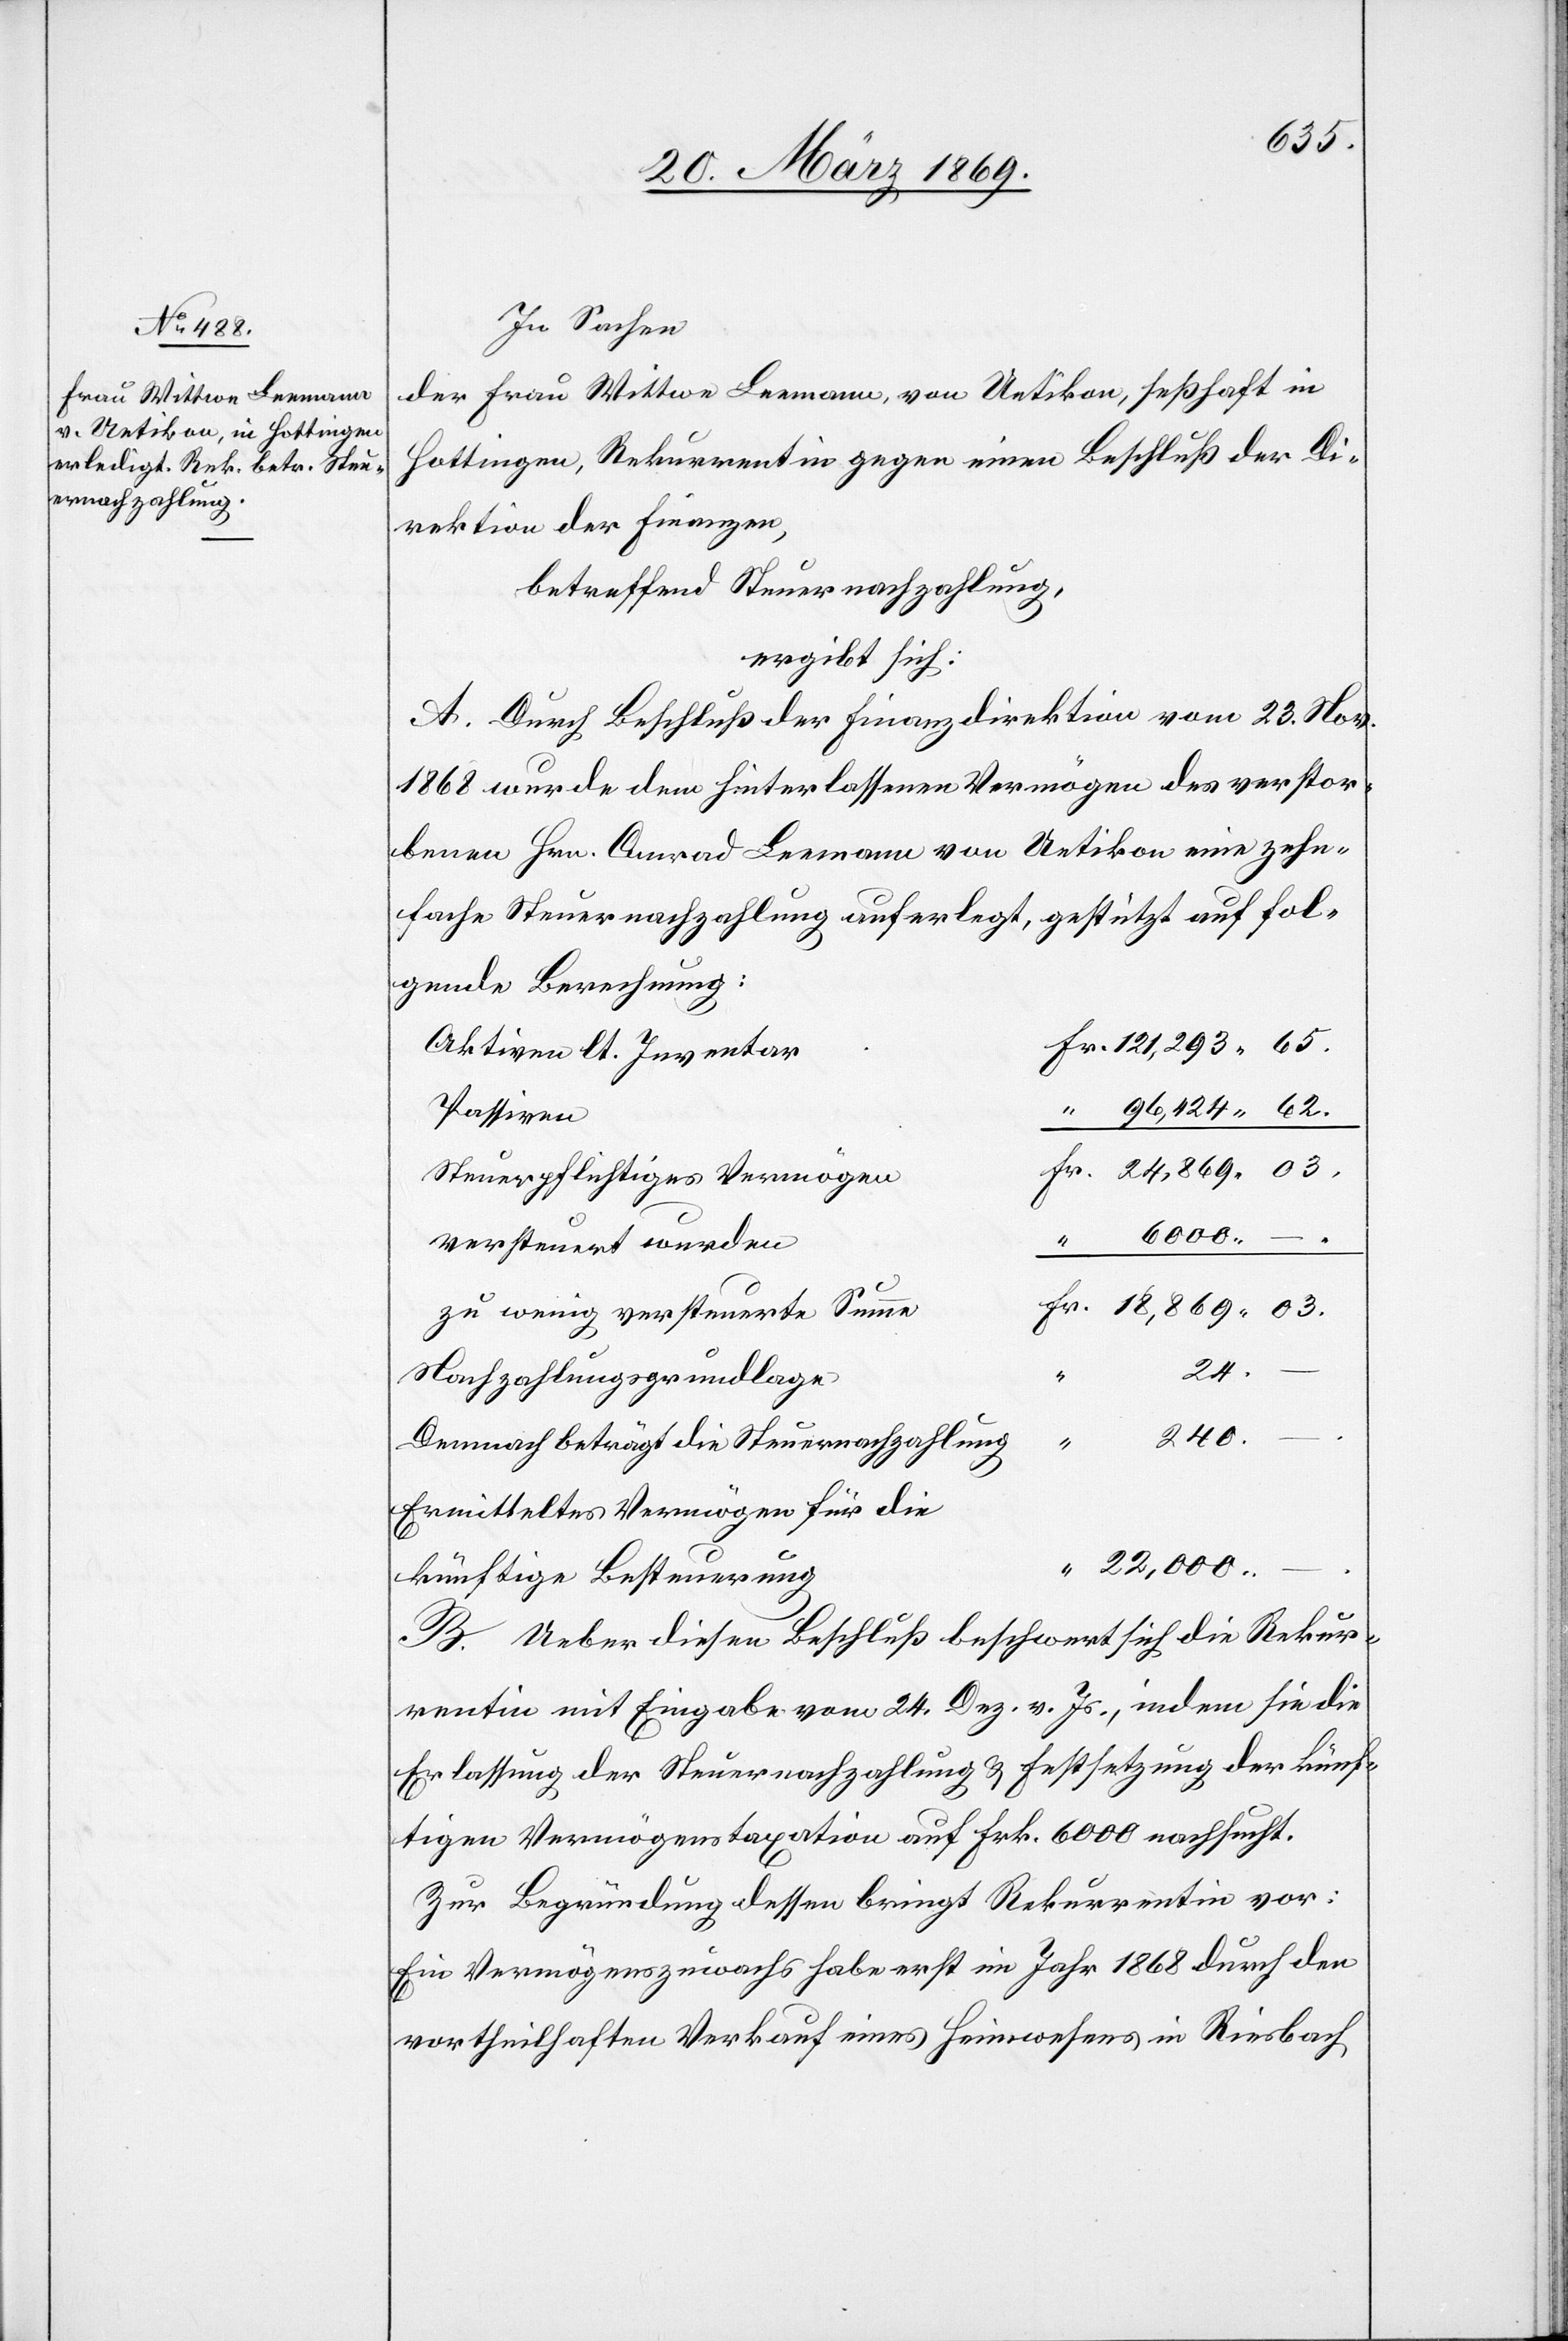
03.
In Sachen
der Frau Wittwe Leemann von Uetikon, seßhaft in
Hottingen, Rekurrentin gegen einen Beschluß der Di¬
rektion der Finanzen,
betreffend Steuernachzahlung,
ergibt sich:
A. Durch Beschluß der Finanzdirektion vom 23. Nov.
1868 wurde dem hinterlassenen Vermögen des verstor¬
benen Hrn. Conrad Leemann von Uetikon eine zehn¬
fache Steuernachzahlung auferlegt, gestützt auf fol¬
gende Berechnung:
Aktiven lt. Inventar
Passiven
Steuerpflichtiges Vermögen
versteuert wurden
6
zu wenig versteuerte Summe
240.
Nachzahlungsgrundlage
Dennoch beträgt die Steuernachzahlung
Ermitteltes Vermögen für die
künftige Besteuerung
B. Ueber diesen Beschluß beschwert sich die Rekur¬
rentin mit Eingabe vom 24. Dez. v. Js., indem sie die
Erlassung der Steuernachzahlung & Festsetzung der künf¬
tigen Vermögenstaxation auf Frk. 6000 nachsucht.
Zur Begründung dessen bringt Rekurrentin vor:
Ein Vermögenszuwachs habe erst im Jahr 1868 durch den
vortheilhaften Verkauf eines Heimwesens in Riesbach